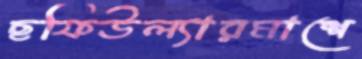
ছফিউল্যারমাশে